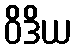
ဝိဒိယ